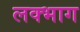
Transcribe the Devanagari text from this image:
लक्भाग